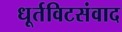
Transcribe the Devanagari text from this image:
धूर्तविटसंवाद